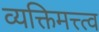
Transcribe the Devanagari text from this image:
व्यक्तिमत्त्त्व